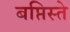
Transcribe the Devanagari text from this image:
बप्तिस्ते